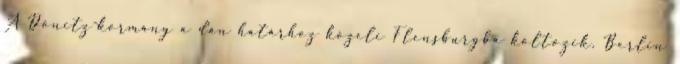
A Dönitz-kormány a dán határhoz közeli Flensburgba költözik. Berlin